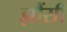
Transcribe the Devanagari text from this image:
झौंसी